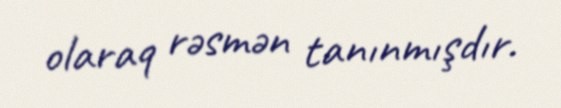
olaraq rəsmən tanınmışdır.